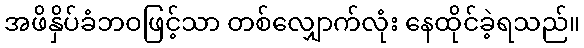
အဖိနှိပ်ခံဘဝဖြင့်သာ တစ်လျှောက်လုံး နေထိုင်ခဲ့ရသည်။